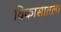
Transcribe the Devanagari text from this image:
विकासातला